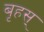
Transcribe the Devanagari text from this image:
बृहस्